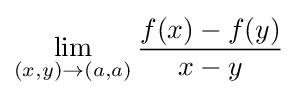
\lim _{(x,y)\to (a,a)}{\frac {f(x)-f(y)}{x-y}}